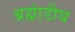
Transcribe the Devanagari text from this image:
ब्रह्म़ा़ंडीय